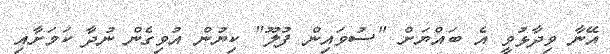
އޭނާ ވިދާޅުވީ އެ ބައްޔަށް "ސުވައިން ފުލޫ" ކިޔުން އުވިގެން ނުދާ ކަމަށާއި